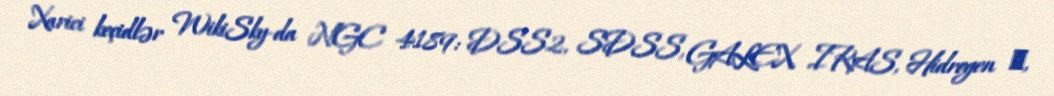
Xarici keçidlər WikiSky-da NGC 4189: DSS2, SDSS, GALEX, IRAS, Hidrogen α,